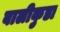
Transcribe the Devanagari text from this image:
बालीकुडा